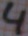
Text: 4